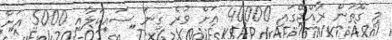
މި ގޮތުން ރާއްޖޭގައި 40000 އަށް ވުރެ ގިނަ ސައިކަލާއި 5000 އަށް